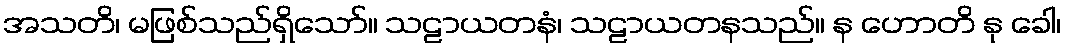
အသတိ၊ မဖြစ်သည်ရှိသော်။ သဠာယတနံ၊ သဠာယတနသည်။ န ဟောတိ နု ခေါ၊